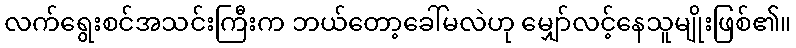
လက်ရွေးစင်အသင်းကြီးက ဘယ်တော့ခေါ်မလဲဟု မျှော်လင့်နေသူမျိုးဖြစ်၏။